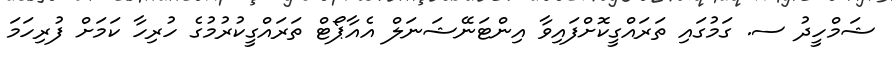
ޝަމްހީދު ސ. ގަމުގައި ތަރައްގީކޮށްފައިވާ އިންޓަނޭޝަނަލް އެއާޕޯޓް ތަރައްގީކުރުމުގެ ހުރިހާ ކަމަށް ފުރިހަމަ